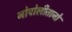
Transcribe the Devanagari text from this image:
नोपोलीतानो